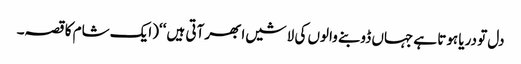
دل تو دریا ہوتا ہے جہاں ڈوبنے والوں کی لاشیں ابھر آتی ہیں ‘‘(ایک شام کا قصہ۔